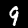
Digit: 9